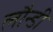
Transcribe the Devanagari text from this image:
लौन्डी